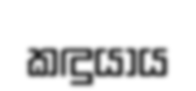
කඳුයාය